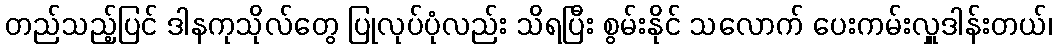
တည်သည့်ပြင် ဒါနကုသိုလ်တွေ ပြုလုပ်ပုံလည်း သိရပြီး စွမ်းနိုင် သလောက် ပေးကမ်းလှူဒါန်းတယ်၊